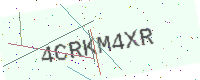
Text: 4CRKM4XR